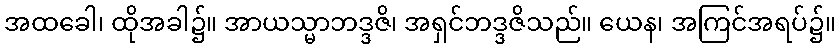
အထခေါ၊ ထိုအခါ၌။ အာယသ္မာဘဒ္ဒဇိ၊ အရှင်ဘဒ္ဒဇိသည်။ ယေန၊ အကြင်အရပ်၌။